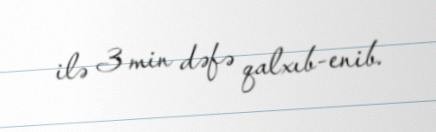
ilə 3 min dəfə qalxıb-enib.